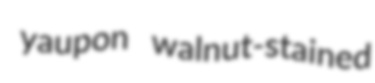
yaupon walnut-stained